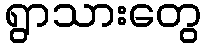
ရွာသားတွေ